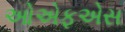
ઓએફએસ